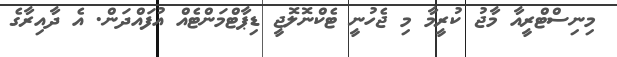
މިނިސްޓްރީއާ މާޖު ކުރީމާ މި ޖެހުނީ ޓެކްނޮލޮޖީ ޑިޕާޓްމަންޓެއް އުފައްދަން. އެ ދާއިރާގެ